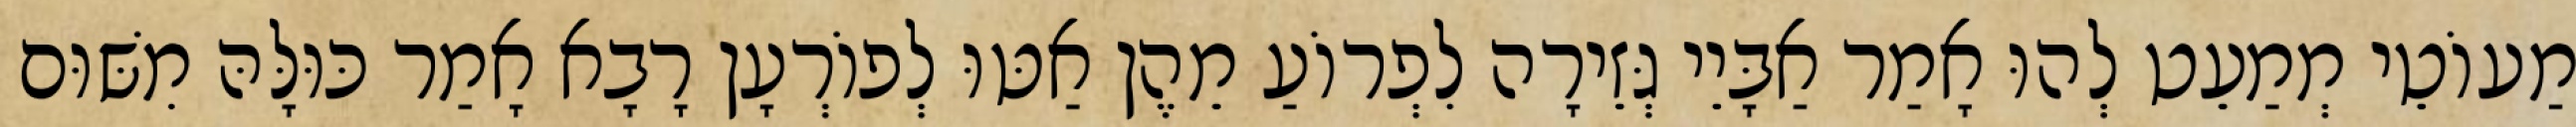
מַעוֹטֵי מְמַעֵט לְהוּ אָמַר אַבָּיֵי גְּזֵירָה לִפְרוֹעַ מֵהֶן אַטּוּ לְפוֹרְעָן רָבָא אָמַר כּוּלָּהּ מִשּׁוּם